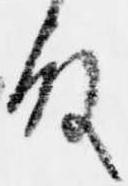
殿